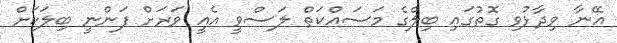
އޭނާ ވިދާޅުވި ގޮތުގައި ބިލްގެ މަސައްކަތް ލަސްވީ އެއީ ވަރަށް ފަންނީ ބިލަކަށް